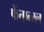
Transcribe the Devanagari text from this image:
फेंतान्य्ल